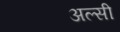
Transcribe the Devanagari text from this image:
अल्‍सी